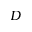
D